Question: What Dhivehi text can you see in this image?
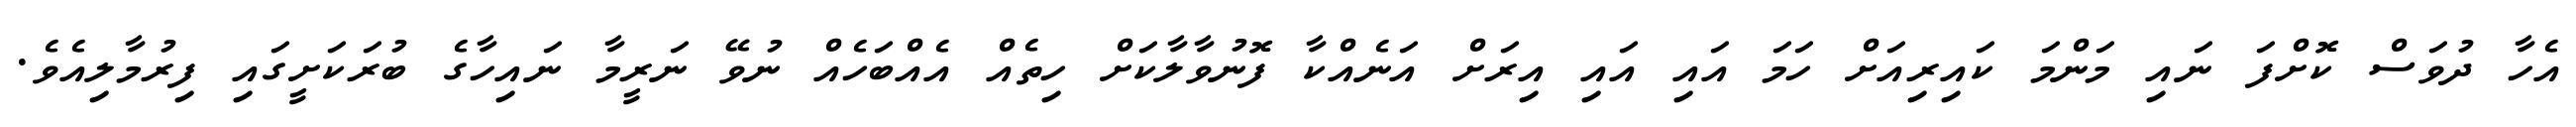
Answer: އެހާ ދުވަސް ކޮށްފަ ނައި މަންމަ ކައިރިއަށް ހަމަ އައި އައި އިރަށް އަނެއްކާ ފޮނުވާލާކަށް ހިތެއް އެއްބަހެއް ނުވޭ ނަރީމާ ނައިހާގެ ބުރަކަށީގައި ފިރުމާލިއެވެ.